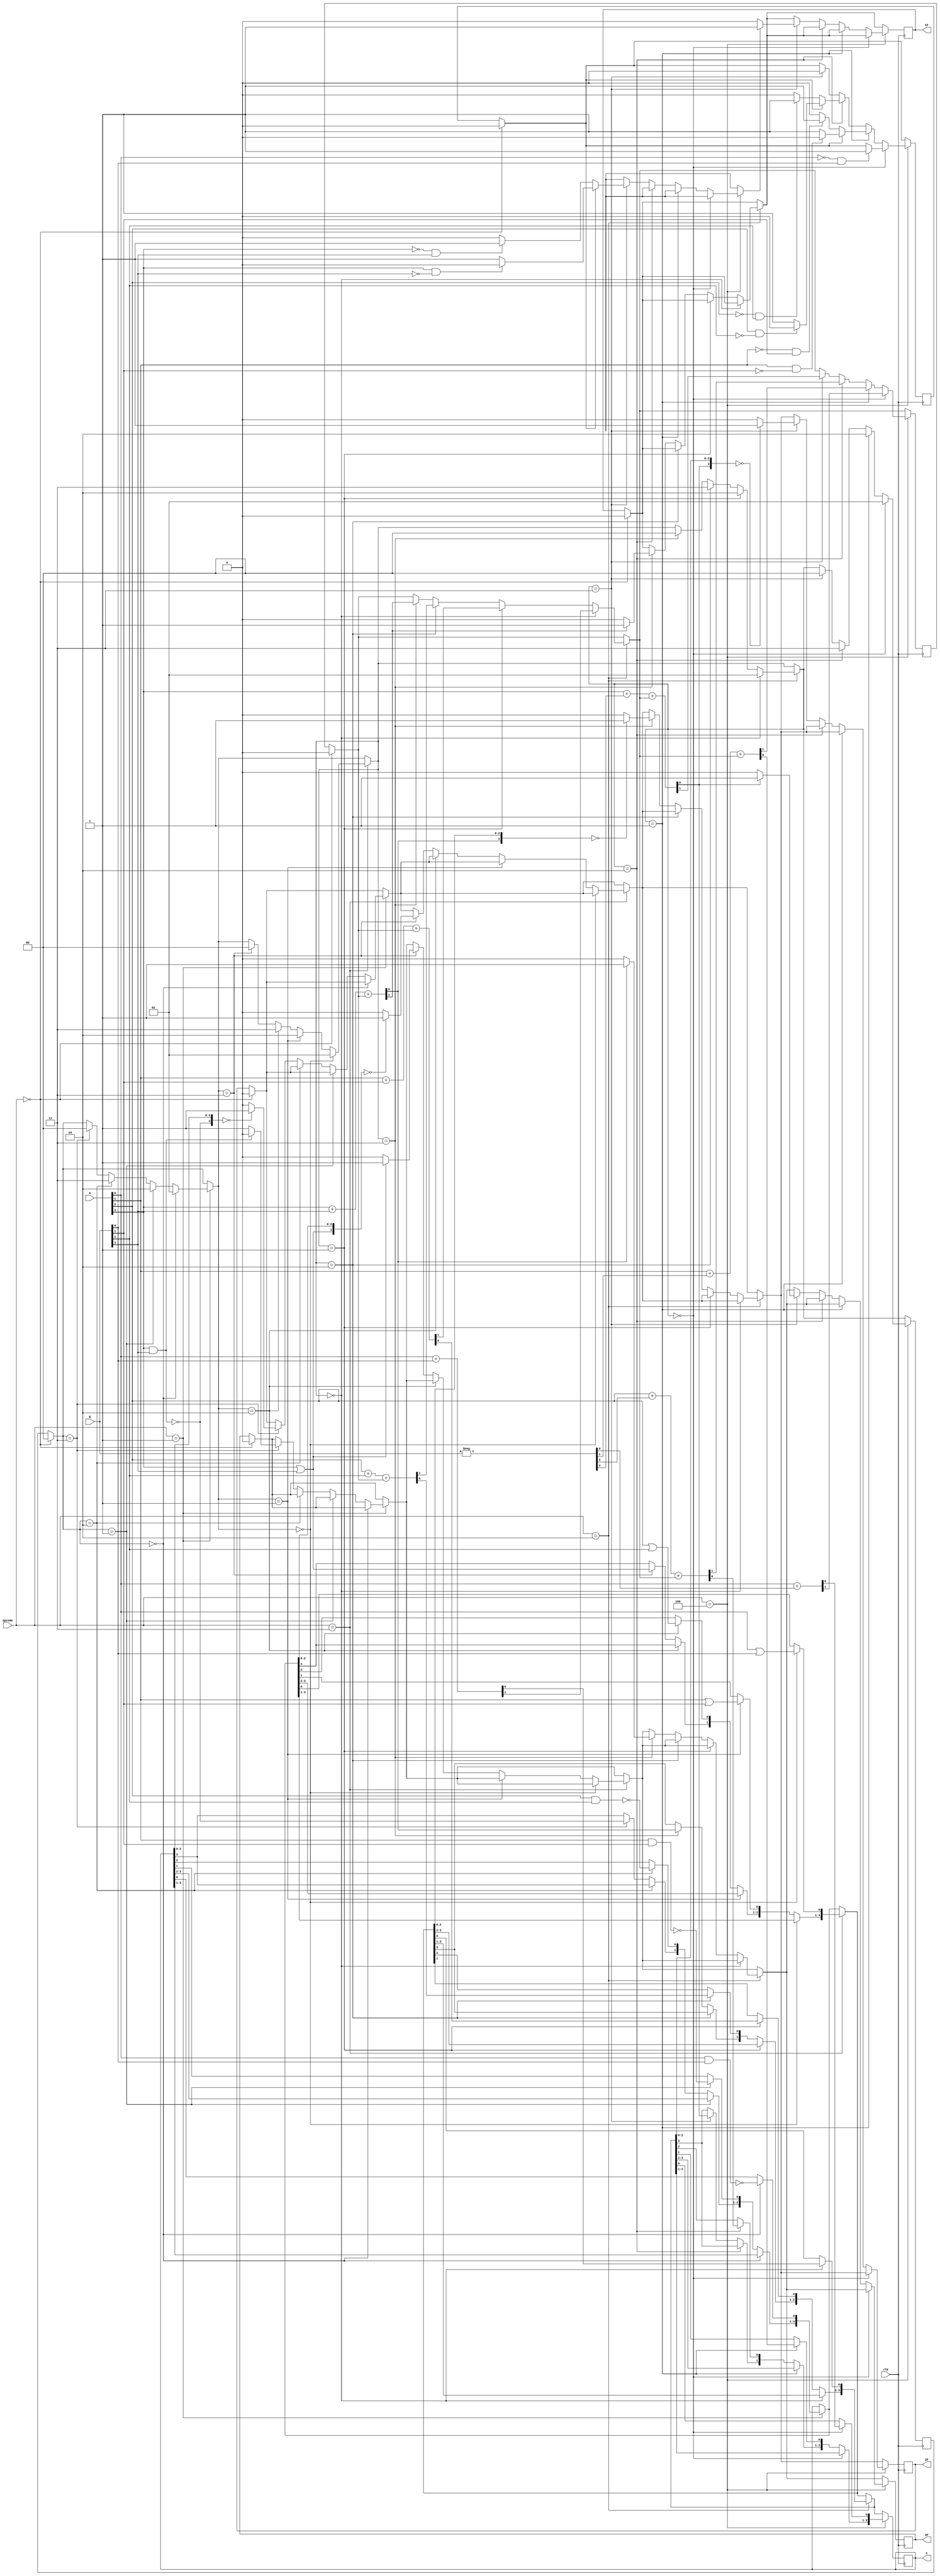
module project2(clk,A,B,C,opcode,ZF,SF,CF);

	input [3:0]A,B;
	input [2:0]opcode;
	input clk;

	reg [1:0]bitTemp;
	reg carrybit;
	reg [1:0]bitPointer = 2'b00;
	reg [3:0]Bcomp;
	reg borrow=0;

	output reg [3:0]C;
	output reg ZF=0,SF=0,CF=0;

	parameter reset=3'b000,nandd=3'b001,addd=3'b010,orr=3'b011,sub=3'b100;
	parameter zero=2'b00,first=2'b01,second=2'b10,third=2'b11;
	
	always @(posedge clk)
		begin
			if(opcode==reset)
			begin
				bitPointer=zero;
				carrybit=0;
				bitTemp=2'b00;
				CF=0;
				ZF=0;
				SF=0;
				borrow=0;
			end
			if(opcode==nandd) 
			begin
				if(bitPointer==zero)
				begin
					C[0]= ~(A[0] && B[0]);
					bitPointer=first;
				end
				else if(bitPointer==first)
				begin
					C[1]=~(A[1] && B[1]);
					bitPointer=second;
				end
				else if(bitPointer==second)
				begin
					C[2]=~(A[2] && B[2]);
					bitPointer=third;
				end
				else if(bitPointer==third)
				begin
					C[3]=~(A[3] && B[3]);
					bitPointer=zero;
					if(C[3]==1'b1)
					begin
						SF=1;
					end
					else
					begin
						SF=0;
					end
					if(C==4'b0000)
					begin
						ZF=1;
					end
					else
					begin
						ZF=0;
					end
				end
			end
			if(opcode==orr)
			begin
				if(bitPointer==zero)
				begin
					C[0]=(A[0] | B[0]);
					bitPointer=first;
				end
				else if(bitPointer==first)
				begin
					C[1]=(A[1] | B[1]);
					bitPointer=second;
				end
				else if(bitPointer==second)
				begin
					C[2]=(A[2] | B[2]);
					bitPointer=third;
				end
				else if(bitPointer==third)
				begin
					C[3]=(A[3] | B[3]);
					bitPointer=zero;
					if(C[3]==1'b1)
					begin
						SF=1;
					end
					else
					begin
						SF=0;
					end
					if(C==4'b0000)
					begin
						ZF=1;
					end
					else
					begin
						ZF=0;
					end
				end
			end
			if(opcode==addd)
			begin
				if(bitPointer==zero)
				begin
					bitTemp=(A[0]+B[0]);
					carrybit=bitTemp[1];
					C[0]=bitTemp[0];
					bitPointer=first;
				end
				else if(bitPointer==first)
				begin
					bitTemp=(A[1]+B[1]+carrybit);
					C[1]=bitTemp[0];
					carrybit=bitTemp[1];
					bitPointer=second;
				end
				else if(bitPointer==second)
				begin
					bitTemp=(A[2]+B[2]+carrybit);
					C[2]=bitTemp[0];
					carrybit=bitTemp[1];
					bitPointer=third;
				end
				else if(bitPointer==third)
				begin
					bitTemp=(A[3]+B[3]+carrybit);
					C[3]=bitTemp[0];
					carrybit=bitTemp[1];
					bitPointer=zero;
					if(carrybit==0)
					begin
						CF=0;
					end
					else
					begin
						CF=1;
					end
					if(C[3]==1'b1)
					begin
						SF=1;
					end
					else
					begin
						SF=0;
					end
					if(C==4'b0000)
					begin
						ZF=1;
					end
					else
					begin
						ZF=0;
					end
				end
			end
			if(opcode==sub)
            begin
                Bcomp=-B; //2's complement
                if(bitPointer==zero)
                begin
                    bitTemp=(A[0]+Bcomp[0]);
                    carrybit=bitTemp[1];
                    C[0]=bitTemp[0];
                    bitPointer=first;
                    if(A[0]==1'b0 && B[0]==1'b1)
                    begin
						borrow=1;
					end
                end
                else if(bitPointer==first)
                begin
                    bitTemp=(A[1]+Bcomp[1]+carrybit);
                    C[1]=bitTemp[0];
                    carrybit=bitTemp[1];
                    bitPointer=second;
                    if(borrow==1)
                    begin
						if(A[1]==1'b1 && B[1]==1'b0)
						begin
							borrow=0;
						end
					end
					else
					begin
						if(A[1]==1'b0 && B[1]==1'b1)
						begin
							borrow=1;
						end
					end
                end
                else if(bitPointer==second)
                begin
                    bitTemp=(A[2]+Bcomp[2]+carrybit);
                    C[2]=bitTemp[0];
                    carrybit=bitTemp[1];
                    bitPointer=third;
                    if(borrow==1)
                    begin
						if(A[2]==1'b1 && B[2]==1'b0)
						begin
							borrow=0;
						end
					end
					else
					begin
						if(A[2]==1'b0 && B[2]==1'b1)
						begin
							borrow=1;
						end
					end
                end
                else if(bitPointer==third)
                begin
                    bitTemp=(A[3]+Bcomp[3]+carrybit);
                    C[3]=bitTemp[0];
                    carrybit=bitTemp[1];
                    bitPointer=zero;
                    if(borrow==1)
                    begin
						if(A[3]==1'b1 && B[3]==1'b0)
						begin
							borrow=0;
						end
					end
					else
					begin
						if(A[3]==1'b0 && B[3]==1'b1)
						begin
							borrow=1;
						end
					end
                    if(borrow==0)
                    begin
                        CF=0;
                    end
                    else
                    begin
                        CF=1;
                    end
                    if(C[3]==1'b1)
                    begin
                        SF=1;
                    end
                    else
                    begin
                        SF=0;
                    end
                    if(C==4'b0000)
                    begin
                        ZF=1;
                    end
                    else
                    begin
                        ZF=0;
                    end
                    borrow=0;
                end
            end
		end
endmodule